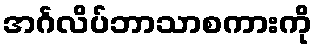
အင်္ဂလိပ်ဘာသာစကားကို